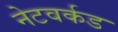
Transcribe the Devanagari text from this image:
नेटवर्कड